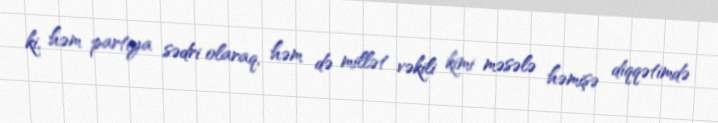
ki, həm partiya sədri olaraq, həm də millət vəkili kimi məsələ həmişə diqqətimdə